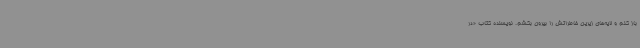
باز کنم و لایه‌های زیرین خاطراتش را بیرون بکشم. نویسنده کتاب «در